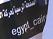
egypt_cair